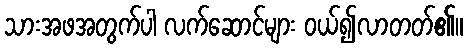
သားအဖအတွက်ပါ လက်ဆောင်များ ဝယ်၍လာတတ်၏။